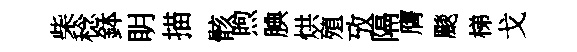
柴稔鉢眀描骸煦腆烘殖攷隔膺颷梯戈